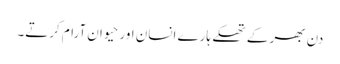
دن بھر کے تھکے ہارے انسان اور حیوان آرام کرتے۔